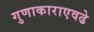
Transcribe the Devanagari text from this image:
गुणाकाराएवढे